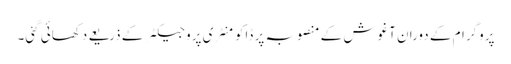
پروگرام کے دوران آغوش کے منصوبہ پر ڈاکومنٹری پروجیکٹر کے ذریعے دکھائی گئی۔